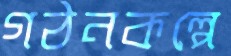
গঠনকল্পে